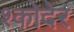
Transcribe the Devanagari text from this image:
श्कोदेर